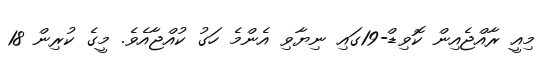
މިއީ ރާއްޖެއިން ކޮވިޑް-19ގައި ނިޔާވި އެންމެ ހަގު ކުއްޖާއެވެ. މީގެ ކުރިން 18